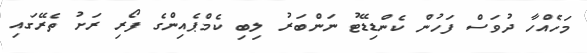
މަހެއްހާ ދުވަސް ފަހުން ކެންޑިޑޭޓު ނަންބަރު ލިބި ކެމްޕެއިންގެ ފޯރި ރަށު ތެރޭގައި